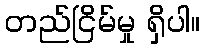
တည်ငြိမ်မှု ရှိပါ။